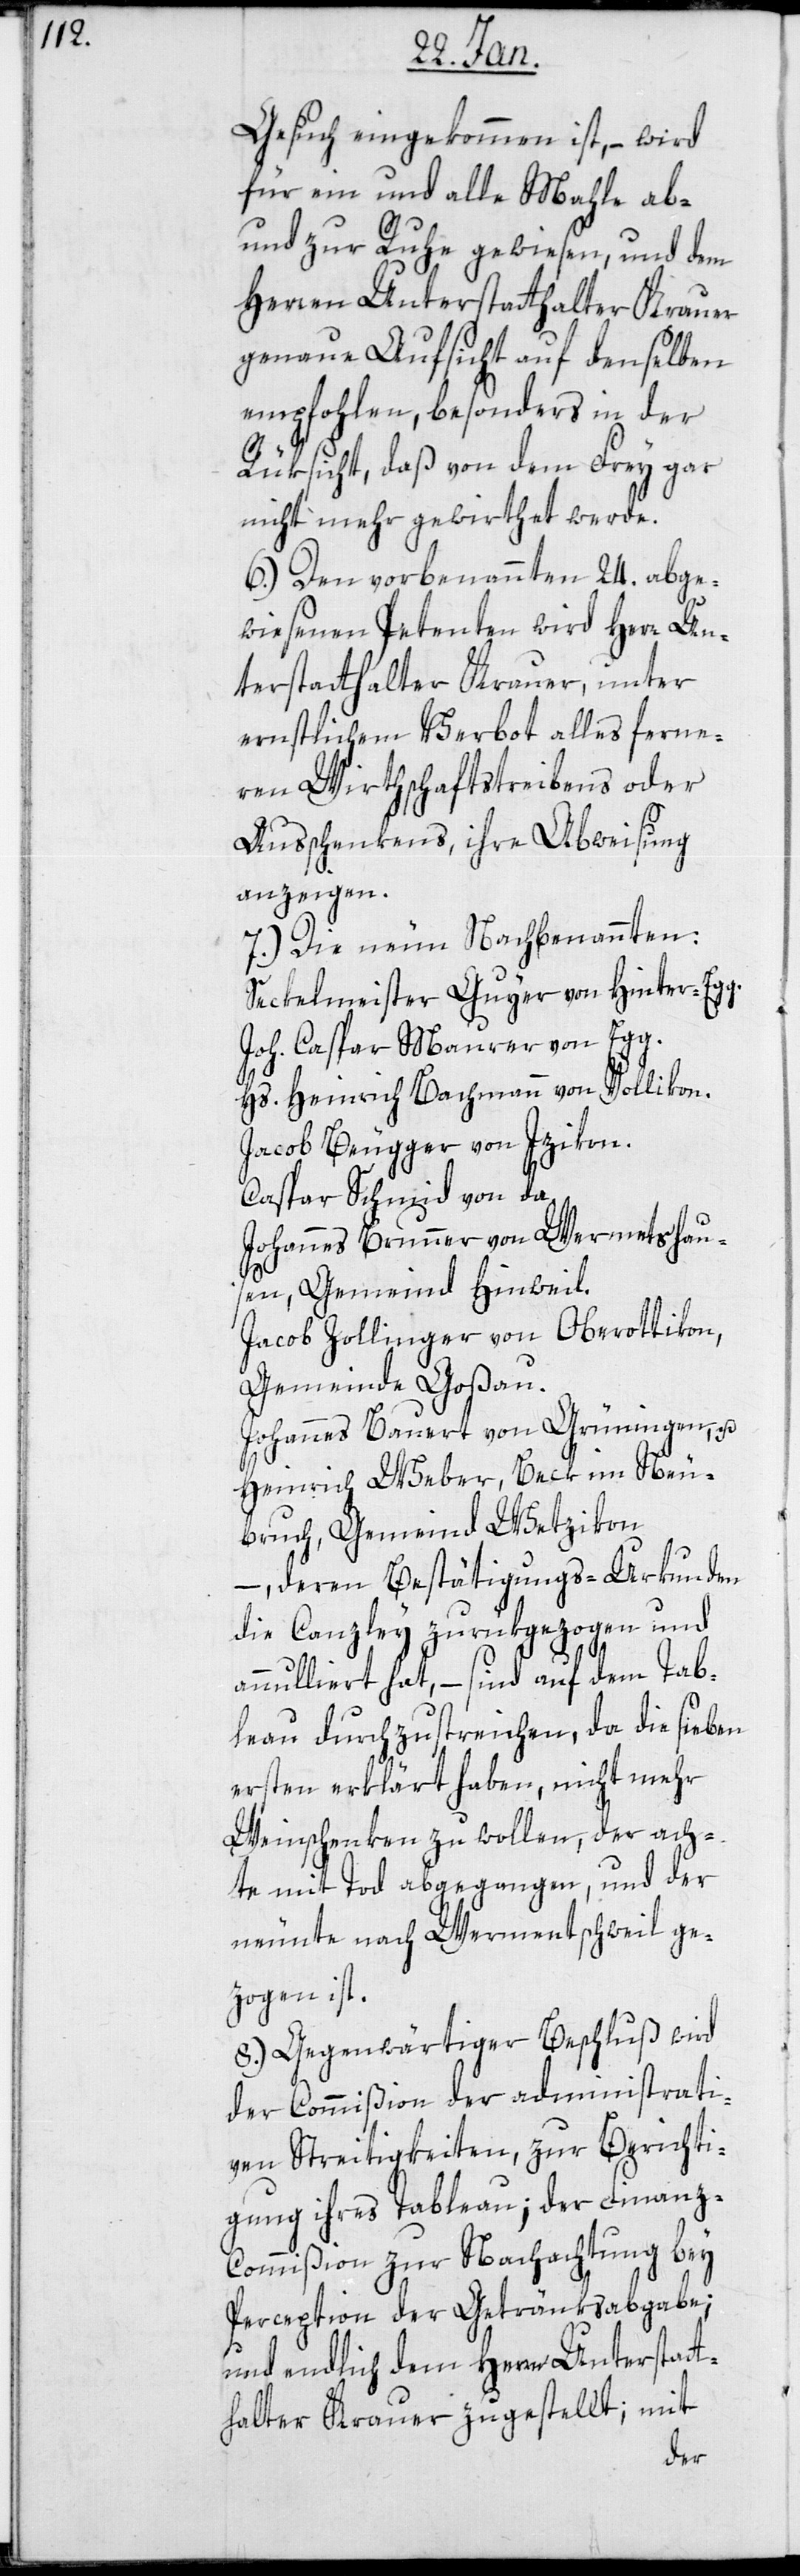
Gesuch eingekommen ist, – wird
für ein und alle Male ab-
und zur Ruhe gewiesen, und dem
Herren Unterstatthalter Krauer
genaue Aufsicht auf denselben
empfohlen, besonders in der
Rüksicht, daß von dem Frey gar
nicht mehr gewirthet werde.
6.) Den vorbenannten 24 abge¬
wiesenen Petenten wird Herr Un¬
terstatthalter Krauer, unter
ernstlichem Verbot alles ferne¬
ren Wirthschaftstreibens oder
Ausschenkens, ihre Abweisung
anzeigen.
7.) Die neun Nachbenannten:
Seckelmeister Guyer, von Hinter-Egg.
Joh. Caspar Maurer von Egg.
Hs. Heinrich Bachmann, von Vollikon.
Jacob Beugger, von Izikon.
Caspar Schmid von da.
Johannes Brunner, von Wermetshau¬
sen, Gemeind Hinwil.
Jacob Zollinger, von Oberottikon,
Gemeinde Goßau.
Johannes Bauert, von Grüningen, u.
Heinrich Weber, Beck im Neu¬
bruch, Gemeind Wetzikon
–, deren Bestätigungs-Urkunden
die Canzley zurükgezogen und
annulliert hat, – sind auf dem Tab¬
leau durchzustreichen, da die sieben
ersten erklärt haben, nicht mehr
Weinschenken zu wollen, der ach¬
te mit Tod abgegangen, und der
neunte nach Wermentschweil ge¬
zogen ist.
8.) Gegenwärtiger Beschluß wird
der Commißion der administrati¬
ven Streitigkeiten, zur Berichti¬
gung ihres Tableau; der Finanz-C¬
ommißion zur Nachachtung bey
Perception der Getränksabgabe;
und endlich dem Herren Unterstatt¬
halter Krauer zugestellt; mit